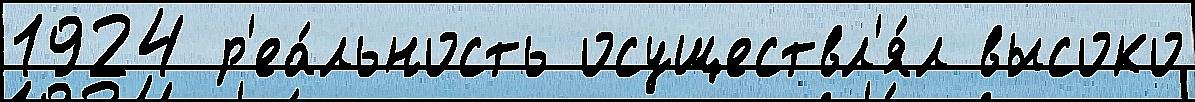
1924 р'еа́льность осуществл'я́л высоко